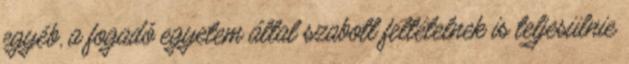
egyéb, a fogadó egyetem által szabott feltételnek is teljesülnie